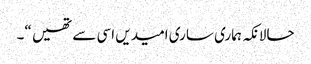
حالانکہ ہماری ساری امیدیں اسی سے تھیں “۔